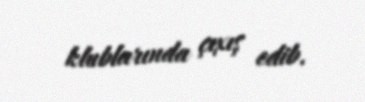
klublarında çıxış edib.